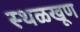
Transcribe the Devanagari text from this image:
स्थळखूण